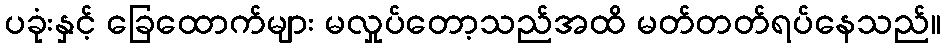
ပခုံးနှင့် ခြေထောက်များ မလှုပ်တော့သည်အထိ မတ်တတ်ရပ်နေသည်။